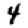
Digit: 4